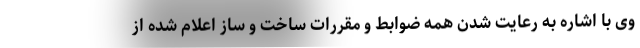
وی با اشاره به رعایت شدن همه ضوابط و مقررات ساخت و ساز اعلام شده از